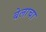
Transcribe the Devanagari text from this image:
बेलाचा